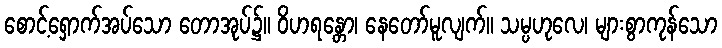
စောင့်ရှောက်အပ်သော တောအုပ်၌။ ဝိဟရန္တော၊ နေတော်မူလျက်။ သမ္ပဟုလေ၊ များစွာကုန်သော